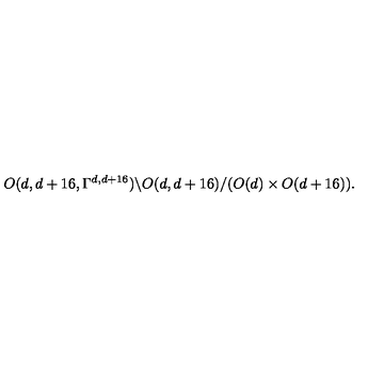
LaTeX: O ( d , d + 1 6 , \Gamma ^ { d , d + 1 6 } ) \backslash O ( d , d + 1 6 ) / ( O ( d ) \times O ( d + 1 6 ) ) .